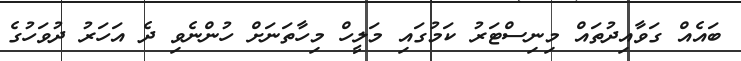
ބައެއް ގަވާއިދުތައް މިނިސްޓަރު ކަމުގައި މަލީހް މިހާތަނަށް ހުންނެވި ދެ އަހަރު ދުވަހުގެ